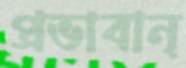
প্রভাবান্‌